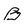
Character: B